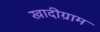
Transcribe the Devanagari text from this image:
खादीग्राम